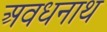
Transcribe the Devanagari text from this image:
अवधनाथ